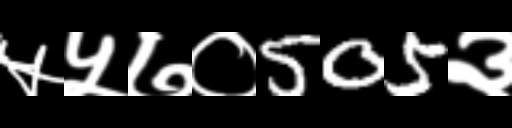
Text: ५५७०505३